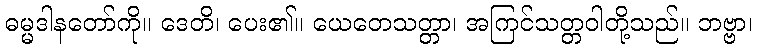
ဓမ္မဒါနတော်ကို။ ဒေတိ၊ ပေး၏။ ယေတေသတ္တာ၊ အကြင်သတ္တဝါတို့သည်။ ဘဗ္ဗာ၊